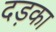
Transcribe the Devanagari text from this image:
दड़का